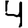
Digit: 4